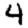
Digit: 4